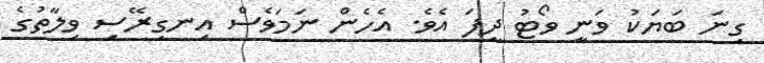
ގިނަ ބަޔަކު ވަނީ ވޯޓު ދީފަ އެވެ. އެހެން ނަމަވެސް އިނގިރޭސި ވިލާތުގެ